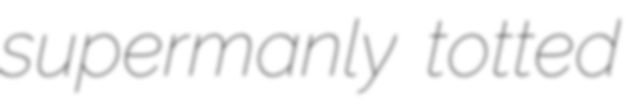
supermanly totted